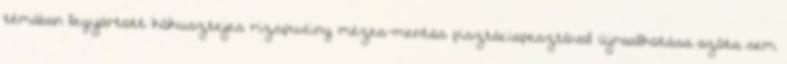
témában legyártott kókusztejes rizspuding mézes-mentás pisztáciapesztóval újraalkotása azóta sem